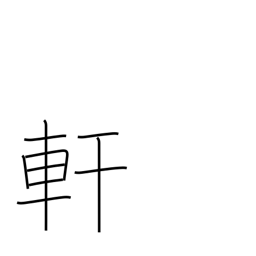
Meaning: eaves